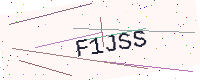
Text: F1JSS